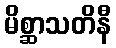
မိစ္ဆာသတိနီ